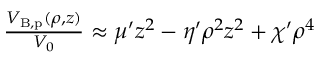
\begin{array} { r } { \frac { V _ { { \mathrm { B , p } } } ( \rho , z ) } { V _ { 0 } } \approx \mu ^ { \prime } z ^ { 2 } - \eta ^ { \prime } \rho ^ { 2 } z ^ { 2 } + \chi ^ { \prime } \rho ^ { 4 } } \end{array}